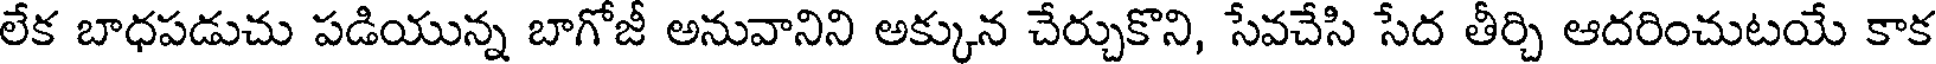
లేక బాధపడుచు పడియున్న బాగోజీ అనువానిని అక్కున చేర్చుకొని, సేవచేసి సేద తీర్చి ఆదరించుటయే కాక